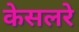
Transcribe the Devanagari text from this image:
केसलरे